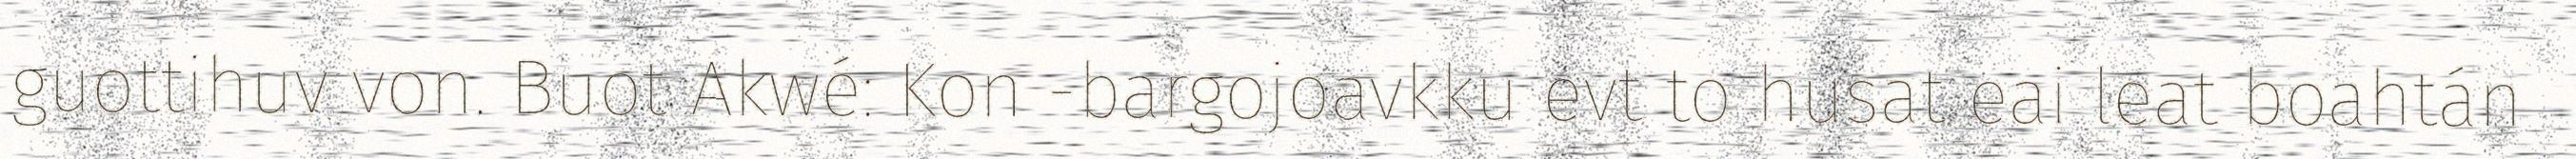
guottihuv von. Buot Akwé: Kon -bargojoavkku evt to husat eai leat boahtán